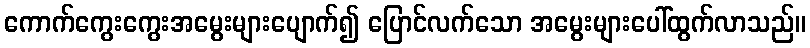
ကောက်ကွေးကွေးအမွေးများပျောက်၍ ပြောင်လက်သော အမွေးများပေါ်ထွက်လာသည်။